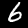
Digit: 6